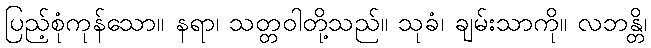
ပြည့်စုံကုန်သော။ နရာ၊ သတ္တဝါတို့သည်။ သုခံ၊ ချမ်းသာကို။ လဘန္တိ၊